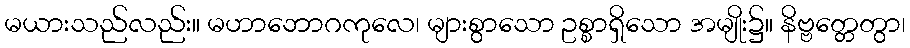
မယားသည်လည်း။ မဟာဘောဂကုလေ၊ များစွာသော ဥစ္စာရှိသော အမျိုး၌။ နိဗ္ဗတ္တေတွာ၊